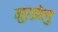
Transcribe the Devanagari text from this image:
मुरझेलु